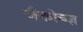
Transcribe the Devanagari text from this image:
जैकोब्ज़